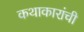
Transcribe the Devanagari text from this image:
कथाकारांची